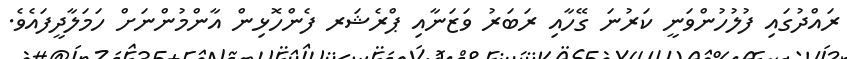
ރައްދުގައި ފުލުހުންވަނީ ކަރުނަ ގޭހާއި ރަބަރު ވަޒަނާއި ޕްރެޝަރ ފެންހޮޅިން އާންމުންނަށް ހަމަލާދީފައެވެ.